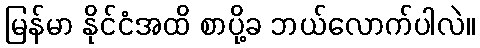
မြန်မာ နိုင်ငံအထိ စာပို့ခ ဘယ်လောက်ပါလဲ။